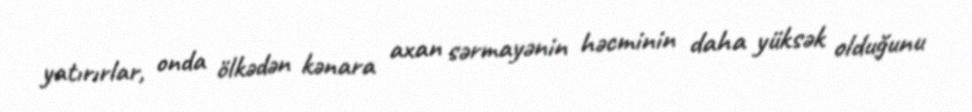
yatırırlar, onda ölkədən kənara axan sərmayənin həcminin daha yüksək olduğunu